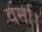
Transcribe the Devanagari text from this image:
वर्मा।